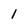
Character: l